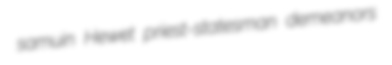
samuin Hewet priest-statesman demeanors